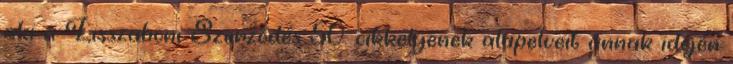
aki a Lisszaboni Szerződés 50. cikkelyének alapelveit annak idején